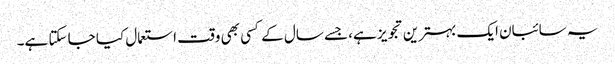
یہ سائبان ایک بہترین تجویز ہے، جسے سال کے کسی بھی وقت استعمال کیا جا سکتا ہے۔